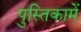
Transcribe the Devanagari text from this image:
पुस्‍तिकामें